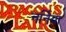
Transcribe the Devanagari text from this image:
नर्निया